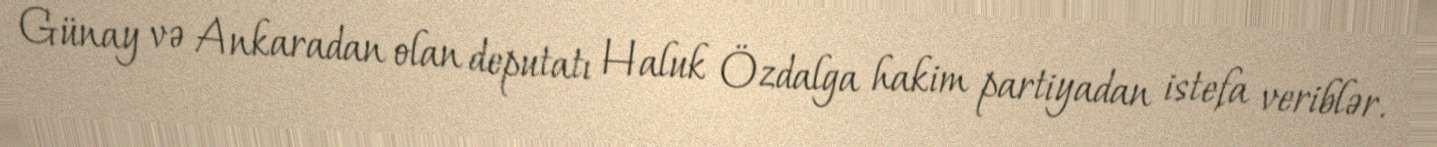
Günay və Ankaradan olan deputatı Haluk Özdalga hakim partiyadan istefa veriblər.